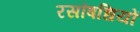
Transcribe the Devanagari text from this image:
रसौषधियों